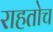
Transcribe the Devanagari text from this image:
राहतोच